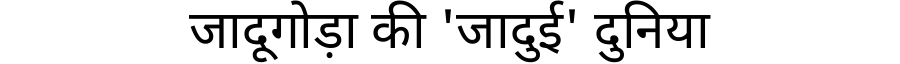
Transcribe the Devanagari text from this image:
जादूगोड़ा की 'जादुई' दुनिया